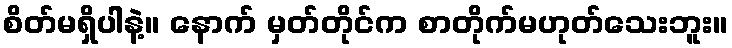
စိတ်မရှိပါနဲ့။ နောက် မှတ်တိုင်က စာတိုက်မဟုတ်သေးဘူး။